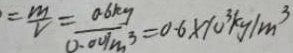
= \frac { m } { V } = \frac { 0 . 6 k g } { 0 . 0 0 1 m ^ { 3 } } = 0 . 6 \times 1 0 ^ { 3 } k g / m ^ { 3 }